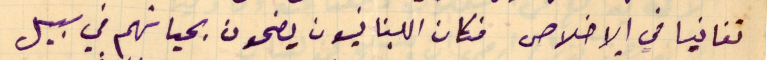
تفانيا في الاخلاص فكان اللبنانيون يضحون بحياتهم في سبيل